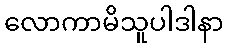
လောကာမိသူပါဒါနာ